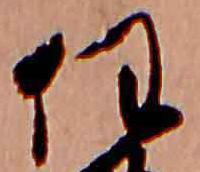
任